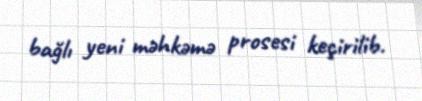
bağlı yeni məhkəmə prosesi keçirilib.